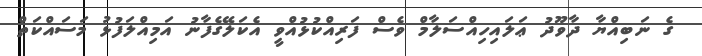
ގެ ނަބިއްޔާ ދާވޫދު ޢަލައިހިއްސަލާމް ވެސް ފަރިއްކުޅުއްވީ އެކަލޭގެފާނު އަމިއްލަފުޅު މަސައްކަތް